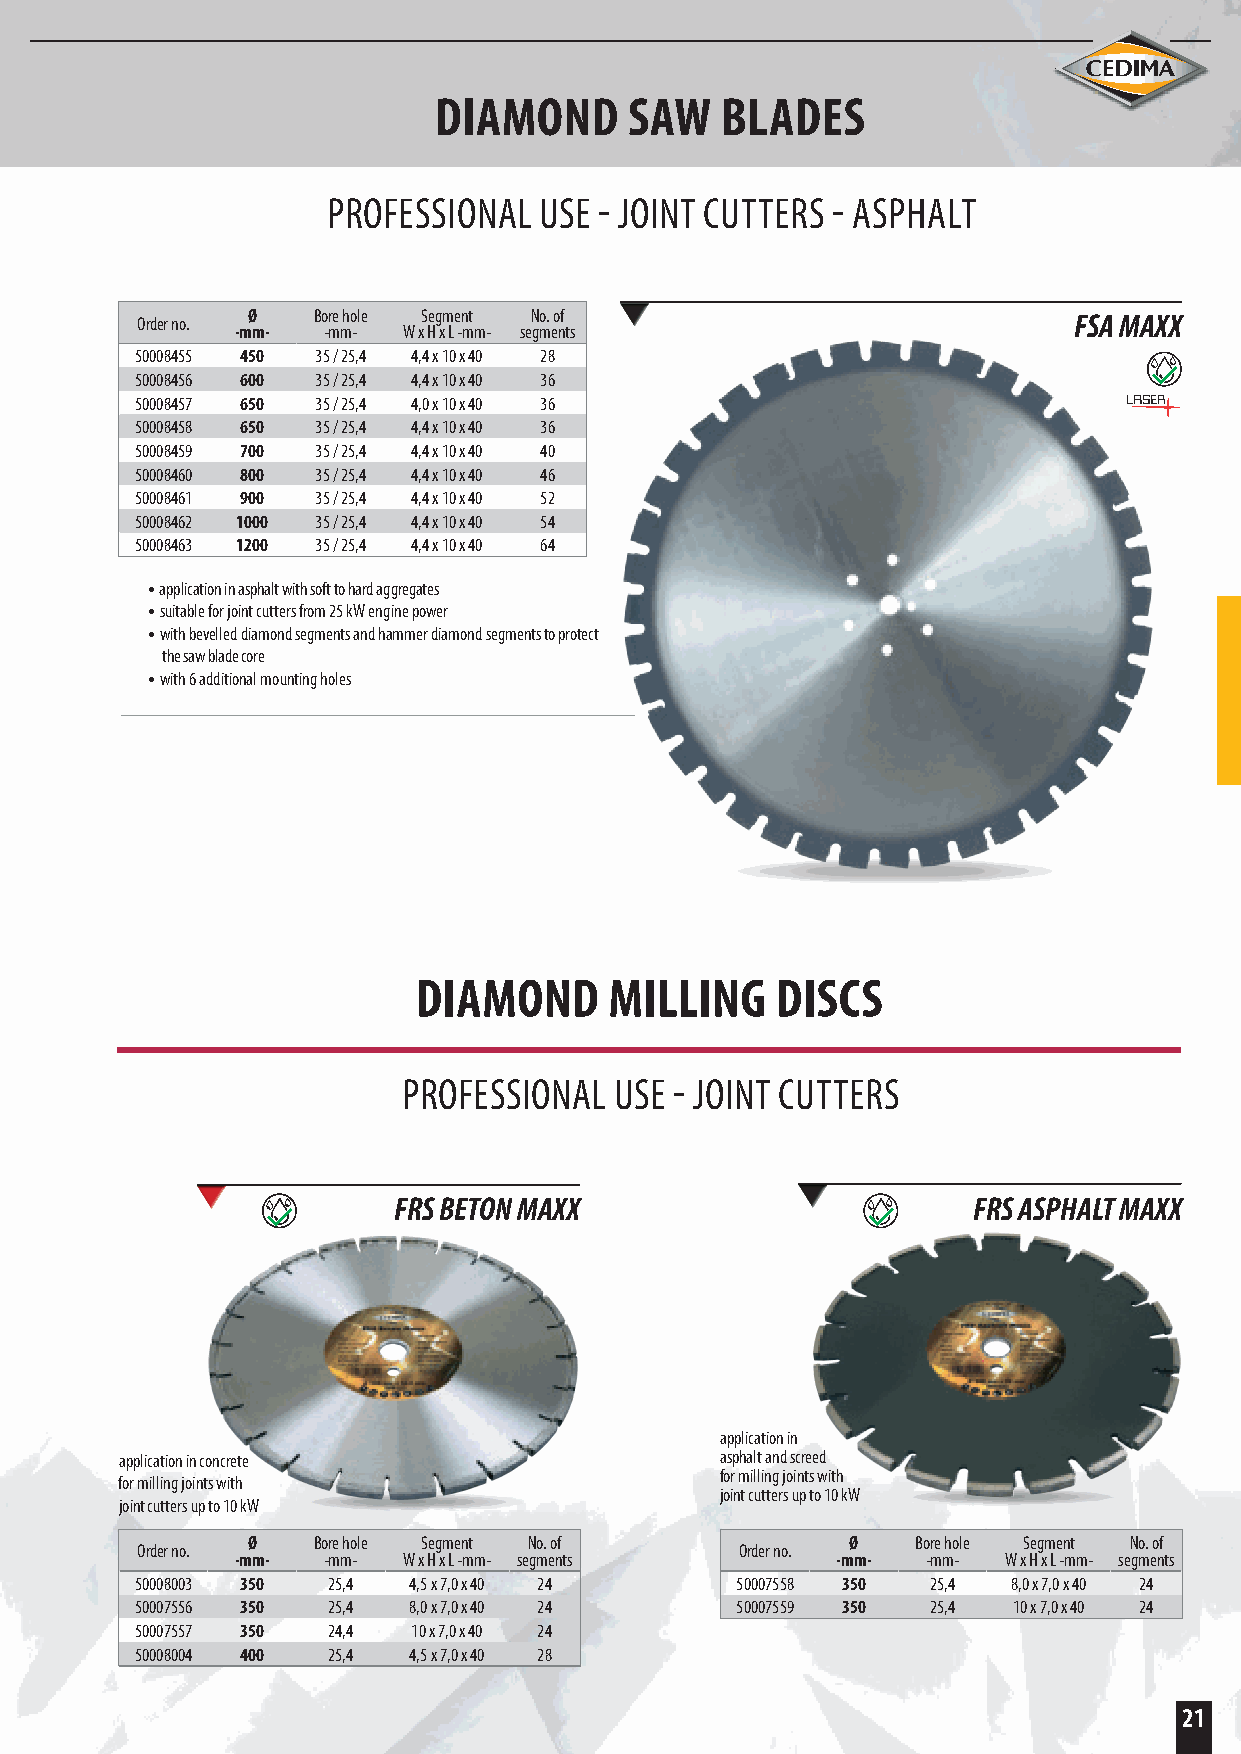
DIAMOND      SAW   BLADES
 PROFESSIONAL  USE - JOINT CUTTERS - ASPHALT
 Order no. Ø Bore hole Segment No. of                          FSA MAXX
 -mm- -mm-  W x H x L -mm- segments
 50008455 450 35 / 25,4 4,4 x 10 x 40 28
 50008456 600 35 / 25,4 4,4 x 10 x 40 36
 50008457 650 35 / 25,4 4,0 x 10 x 40 36
 50008458 650 35 / 25,4 4,4 x 10 x 40 36
 X
 50008459 700 35 / 25,4 4,4 x 10 x 40 40
 50008460 800 35 / 25,4 4,4 x 10 x 40 46
 50008461 900 35 / 25,4 4,4 x 10 x 40 52
 50008462 1000 35 / 25,4 4,4 x 10 x 40 54
 50008463 1200 35 / 25,4 4,4 x 10 x 40 64
 • application in asphalt with soft to hard aggregates
 • suitable for joint cutters from 25 kW engine power
 • with bevelled diamond segments and hammer diamond segments to protect
 the saw blade core
 • with 6 additional mounting holes
 DIAMOND      MILLING    DISCS
 PROFESSIONAL  USE - JOINT CUTTERS
 FRS BETON MAXX                        FRS ASPHALT MAXX
 application in
 application in concrete                 asphalt and screed
 for milling joints with
 for milling joints with
 joint cutters up to 10 kW
 joint cutters up to 10 kW
 Ø    Bore hole Segment No. of           Ø    Bore hole Segment No. of
 Order no.                               Order no.
 -mm- -mm-  W x H x L -mm- segments     -mm-  -mm- W x H x L -mm- segments
 50008003 350 25,4 4,5 x 7,0 x 40 24     50007558 350 25,4 8,0 x 7,0 x 40 24
 50007556 350 25,4 8,0 x 7,0 x 40 24     50007559 350 25,4 10 x 7,0 x 40 24
 50007557 350 24,4 10 x 7,0 x 40 24
 50008004 400 25,4 4,5 x 7,0 x 40 28
 21